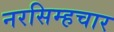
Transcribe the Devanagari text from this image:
नरसिम्हचार